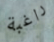
راغبة